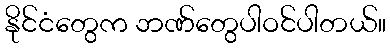
နိုင်ငံတွေက ဘဏ်တွေပါဝင်ပါတယ်။